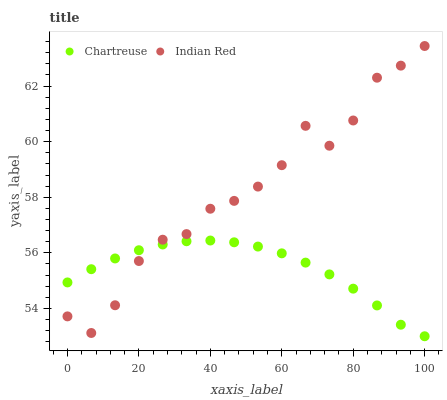
| xaxis_label | Chartreuse | Indian Red |
 | --- | --- | --- |
 | 0 | 54.9 | 53.7 |
 | 6.67 | 55.4 | 53.1 |
 | 13.3 | 55.8 | 54.1 |
 | 20 | 56.1 | 55.7 |
 | 26.7 | 56.3 | 56.5 |
 | 33.3 | 56.4 | 56.7 |
 | 40 | 56.4 | 57.6 |
 | 46.7 | 56.4 | 57.9 |
 | 53.3 | 56.2 | 58.4 |
 | 60 | 56 | 59.2 |
 | 66.7 | 55.6 | 60.6 |
 | 73.3 | 55.2 | 59.9 |
 | 80 | 54.7 | 60.8 |
 | 86.7 | 54.1 | 62.3 |
 | 93.3 | 53.4 | 62.7 |
 | 100 | 53 | 63.4 |